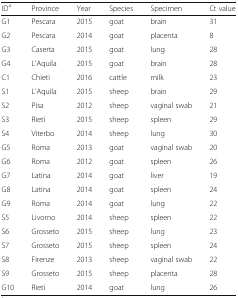
<table><thead><tr><td><b>ID<sup>a</sup></b></td><td><b>Province</b></td><td><b>Year</b></td><td><b>Species</b></td><td><b>Specimen</b></td><td><b>Ct value</b></td></tr></thead><tbody><tr><td>G1</td><td>Pescara</td><td>2015</td><td>goat</td><td>brain</td><td>31</td></tr><tr><td>G2</td><td>Pescara</td><td>2014</td><td>goat</td><td>placenta</td><td>8</td></tr><tr><td>G3</td><td>Caserta</td><td>2015</td><td>goat</td><td>lung</td><td>28</td></tr><tr><td>G4</td><td>L’Aquila</td><td>2015</td><td>goat</td><td>brain</td><td>28</td></tr><tr><td>C1</td><td>Chieti</td><td>2016</td><td>cattle</td><td>milk</td><td>23</td></tr><tr><td>S1</td><td>L’Aquila</td><td>2015</td><td>sheep</td><td>brain</td><td>29</td></tr><tr><td>S2</td><td>Pisa</td><td>2012</td><td>sheep</td><td>vaginal swab</td><td>21</td></tr><tr><td>S3</td><td>Rieti</td><td>2015</td><td>sheep</td><td>spleen</td><td>29</td></tr><tr><td>S4</td><td>Viterbo</td><td>2014</td><td>sheep</td><td>lung</td><td>30</td></tr><tr><td>G5</td><td>Roma</td><td>2013</td><td>goat</td><td>vaginal swab</td><td>20</td></tr><tr><td>G6</td><td>Roma</td><td>2012</td><td>goat</td><td>spleen</td><td>26</td></tr><tr><td>G7</td><td>Latina</td><td>2014</td><td>goat</td><td>liver</td><td>19</td></tr><tr><td>G8</td><td>Latina</td><td>2014</td><td>goat</td><td>spleen</td><td>24</td></tr><tr><td>G9</td><td>Roma</td><td>2014</td><td>goat</td><td>lung</td><td>22</td></tr><tr><td>S5</td><td>Livorno</td><td>2014</td><td>sheep</td><td>spleen</td><td>22</td></tr><tr><td>S6</td><td>Grosseto</td><td>2015</td><td>sheep</td><td>lung</td><td>23</td></tr><tr><td>S7</td><td>Grosseto</td><td>2015</td><td>sheep</td><td>spleen</td><td>24</td></tr><tr><td>S8</td><td>Firenze</td><td>2013</td><td>sheep</td><td>vaginal swab</td><td>22</td></tr><tr><td>S9</td><td>Grosseto</td><td>2015</td><td>sheep</td><td>placenta</td><td>28</td></tr><tr><td>G10</td><td>Rieti</td><td>2014</td><td>goat</td><td>lung</td><td>26</td></tr></tbody></table>